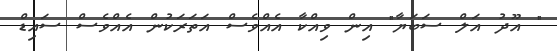
" އޫދު އަލް ސަބަޔާ" އިން ވިއްކާ އެއްވެސް އަތަރަކުން އެއްވެސް ސައިޑް